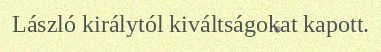
László királytól kiváltságokat kapott.